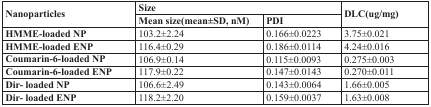
<table><thead><tr><td rowspan="2"><b>Nanoparticles</b></td><td colspan="2"><b>Size</b></td><td rowspan="2"><b>DLC(ug/mg)</b></td></tr><tr><td><b>Mean size(mean±SD, nM)</b></td><td><b>PDI</b></td></tr></thead><tbody><tr><td><b>HMME-loaded NP</b></td><td>103.2±2.24</td><td>0.166±0.0223</td><td>3.75±0.021</td></tr><tr><td><b>HMME-loaded ENP</b></td><td>116.4±0.29</td><td>0.186±0.0114</td><td>4.24±0.016</td></tr><tr><td><b>Coumarin-6-loaded NP</b></td><td>106.9±0.14</td><td>0.115±0.0093</td><td>0.275±0.003</td></tr><tr><td><b>Coumarin-6-loaded ENP</b></td><td>117.9±0.22</td><td>0.147±0.0143</td><td>0.270±0.011</td></tr><tr><td><b>Dir- loaded NP</b></td><td>106.6±2.49</td><td>0.143±0.0064</td><td>1.66±0.005</td></tr><tr><td><b>Dir- loaded ENP</b></td><td>118.2±2.20</td><td>0.159±0.0037</td><td>1.63±0.008</td></tr></tbody></table>